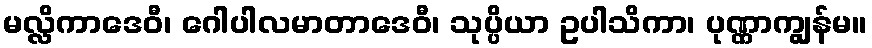
မလ္လိကာဒေဝီ၊ ဂေါပါလမာတာဒေဝီ၊ သုပ္ပိယာ ဥပါသိကာ၊ ပုဏ္ဏာကျွန်မ။